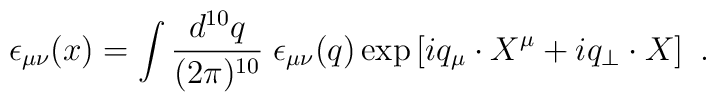
\epsilon_{\mu \nu} (x) = \int \frac{d^{10} q}{(2 \pi)^{10}} \; \epsilon_{\mu \nu} (q)  \exp \left[ i q_{\mu} \cdot X^{\mu} + i q_{\perp} \cdot X \right] \ .